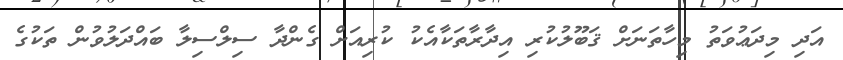
އަދި މިދަޢުވަތު މިހާތަނަށް ޤަބޫލުކުރި އިދާރާތަކާއެކު ކުރިއަށް ގެންދާ ސިލްސިލާ ބައްދަލުވުން ތަކުގެ